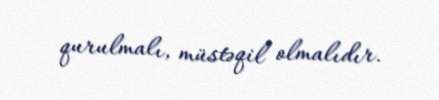
qurulmalı, müstəqil olmalıdır.